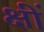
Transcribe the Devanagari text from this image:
क्षीं